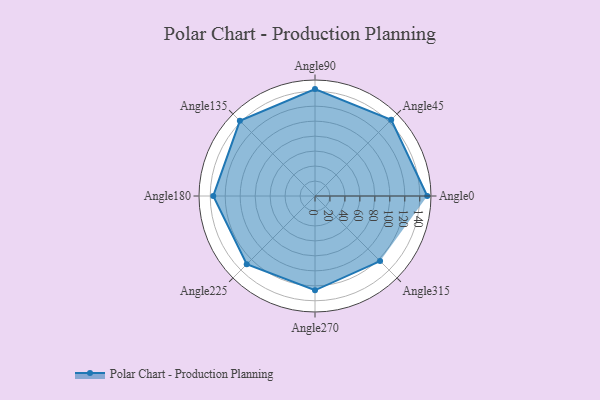
{"axis": {"x": "Angle", "y": "Radius"}, "legend": [""], "data": [{"x": "Angle0", "y": 150.0, "type": ""}, {"x": "Angle45", "y": 144.0, "type": ""}, {"x": "Angle90", "y": 143.0, "type": ""}, {"x": "Angle135", "y": 142.0, "type": ""}, {"x": "Angle180", "y": 136.0, "type": ""}, {"x": "Angle225", "y": 129.0, "type": ""}, {"x": "Angle270", "y": 126.0, "type": ""}, {"x": "Angle315", "y": 123.0, "type": ""}]}